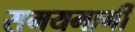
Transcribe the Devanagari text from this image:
समयमार्गी